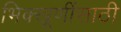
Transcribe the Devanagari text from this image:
भिक्खूणींसाठी